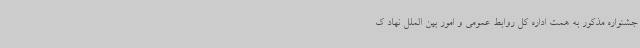
جشنواره مذکور به همت اداره کل روابط عمومی و امور بین الملل نهاد ک